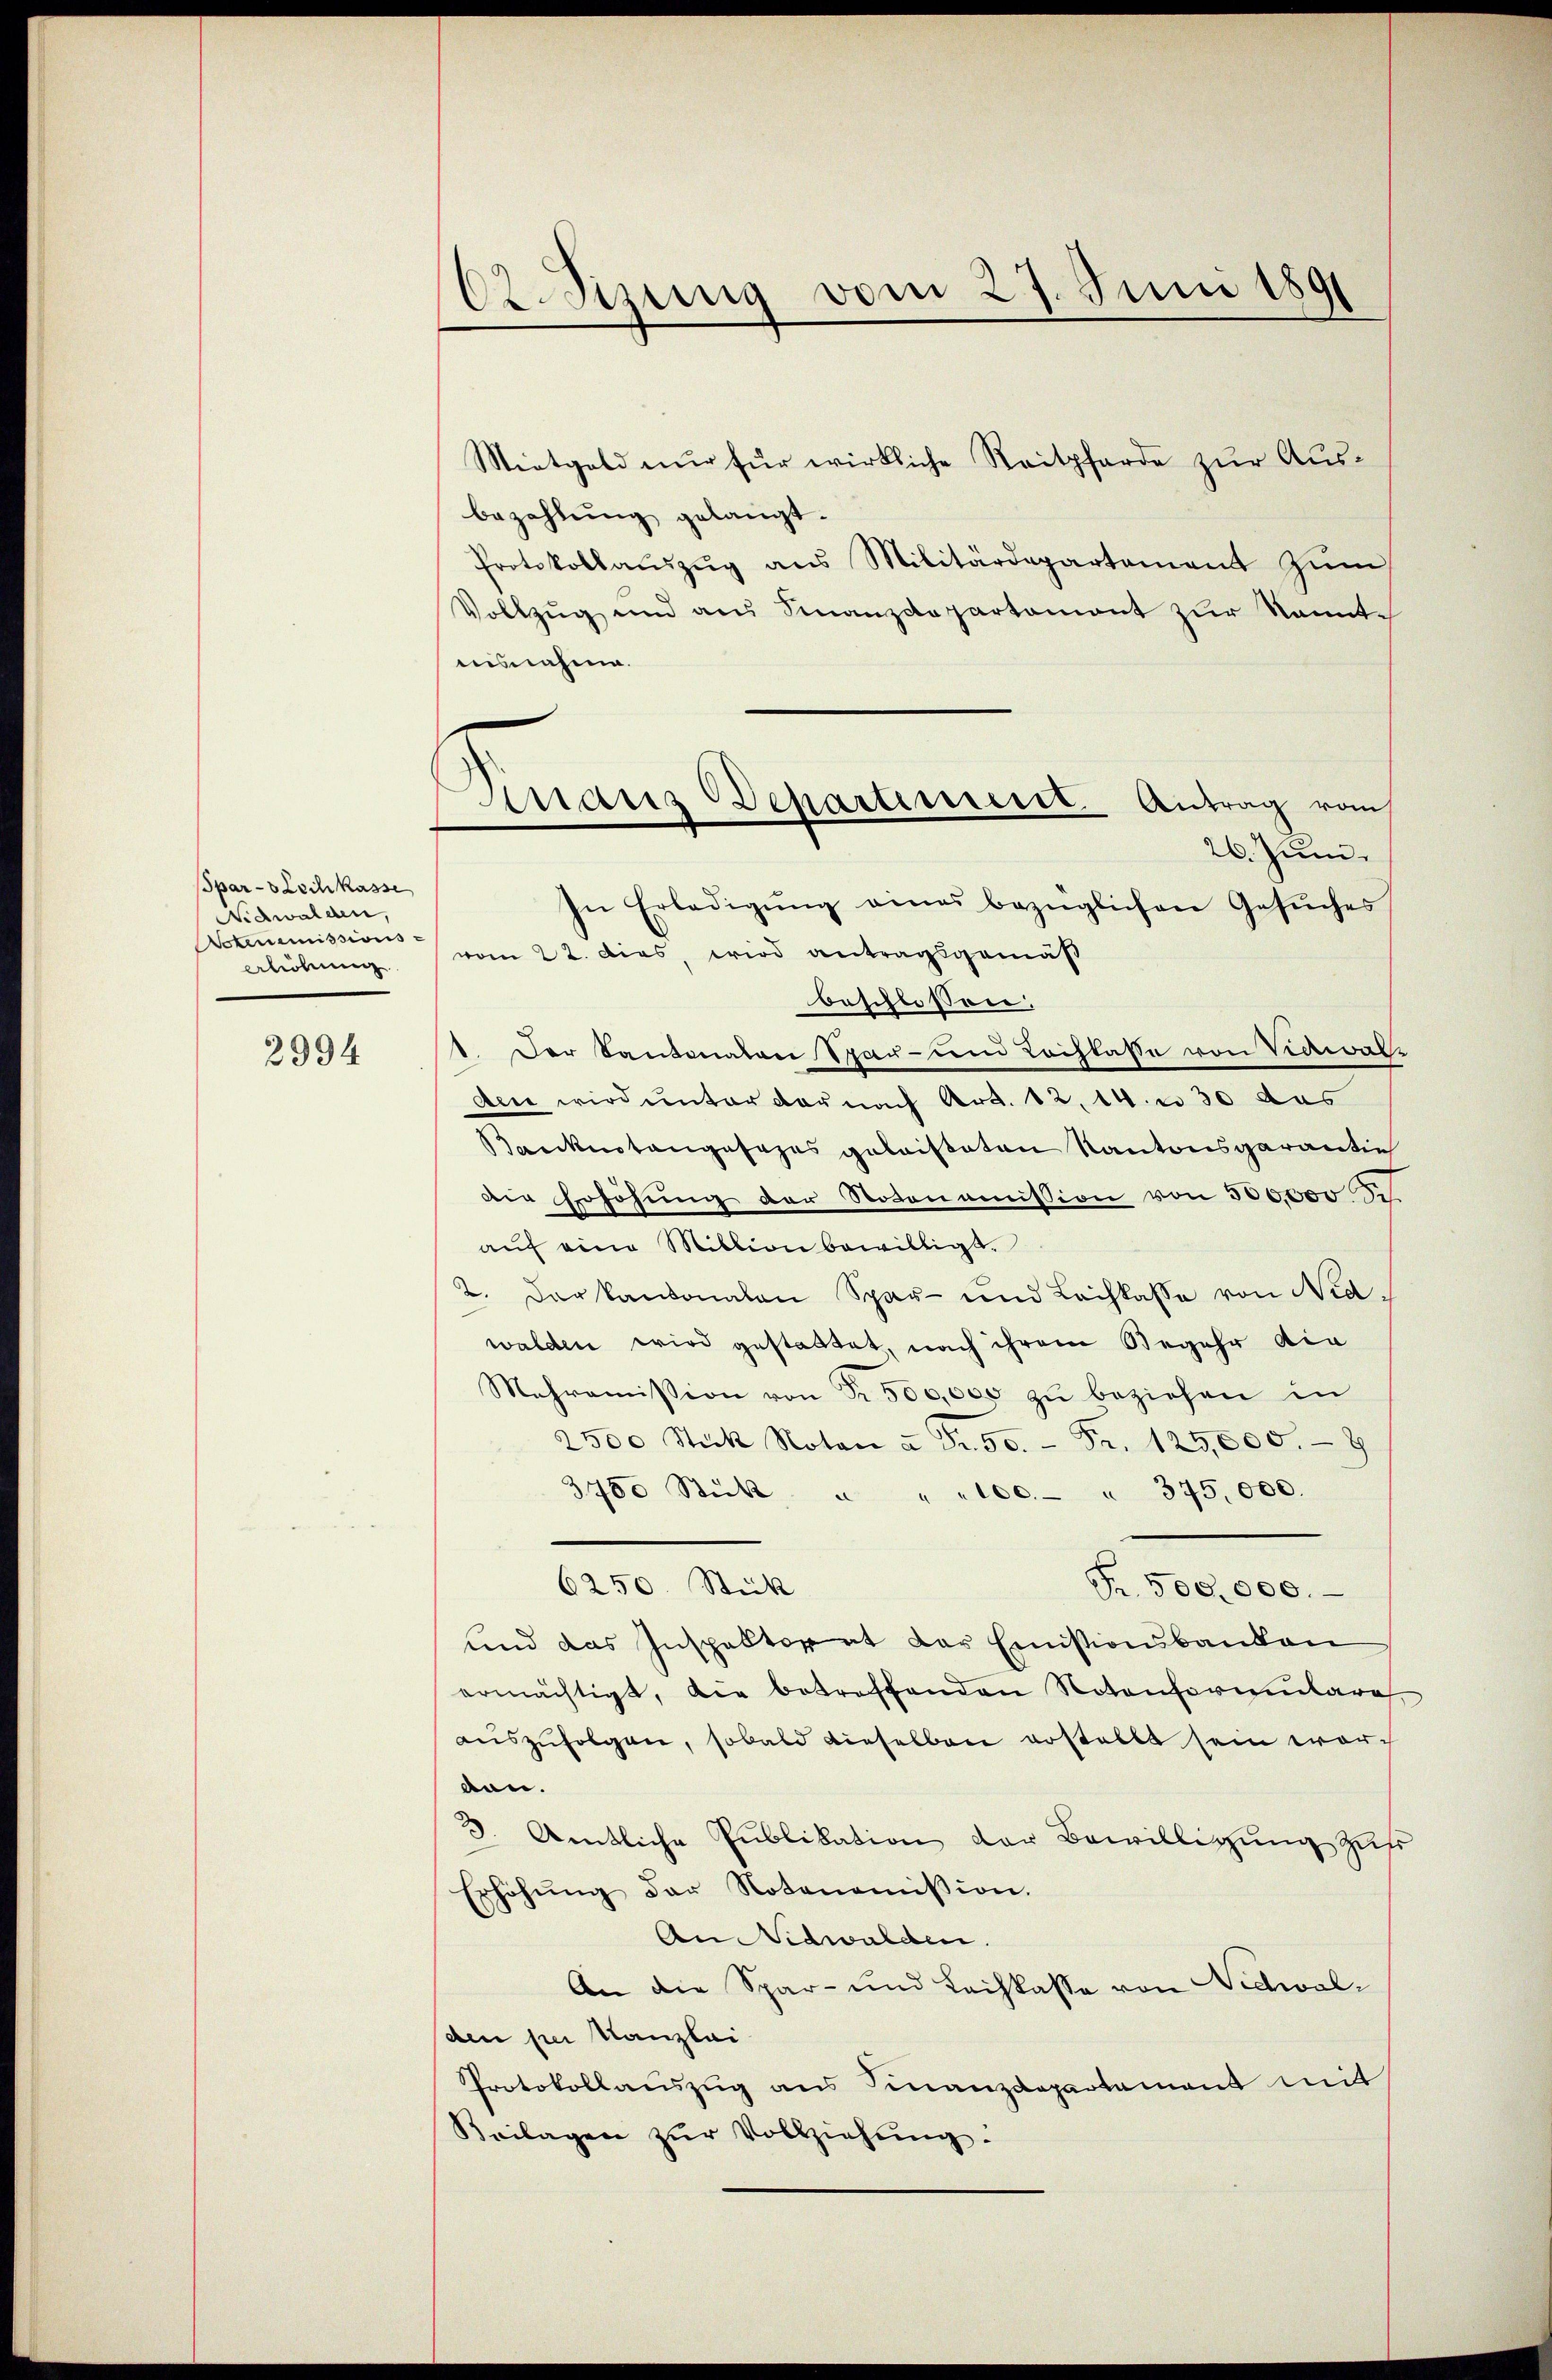
Spar-8 Loch kasse
Nidwalden,
Votenemissions-
erhöhung

2994

62. Sitzung vom 27. Juni 1891

Mietgeld nur für wirkliche Reitpferde zur Ausbezahlung gelangt.
Protokollaŭszŭg ans Militärdepartement zŭm
Vollzug und am Finanzdepartament zur kanntusnahme.
26. Juni.
In Erledigŭng eines bezüglichen Gesŭches
vom 22. dies, wird antragsgemäß
beschlossen:
1. Der Santonalen Spar- dem Lochlasse von Verwal-
den wird unter der nach Art. 12. 14. u 30 das
Bankenstangesezes geleisteten Kantonsgarantie
die Erhöhŭng der Notonomission von 300,000
aŭf eine Million bewilligt.
2. Der kantonalen Spar- und Leihkasse von Nidwalden wird gestattet, nach ihrem Begehr die
Mahroṁission von Fr. 500,000 zŭ beziehen in
2500 Stück Noten u Fr. 50. Fr. 125,000.- 8
3750 Stück u " " 100. " 375,000.
6250. Stick
Fr. 500.000.
und das Inspektorat der Emistionsbanken
ermächtigt, die betreffenden Notonformulares
auszufolgen, sobald dieselben erstellt sein worden.
3. Amtliche Publikation der Bewilligung zufr
Erhöhŭng der Notenoṁission.
An Nidwalden.
An die Spar- und Leihkasse von Nidwalden per Kanzlei
Protokollauszug aus Finanzdepartement mit
Beilagen zŭr Vollziehŭng.

Inans Departement Antrag vom